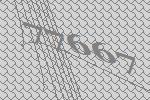
77667